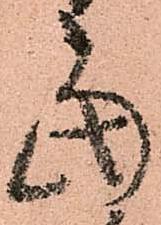
當